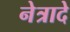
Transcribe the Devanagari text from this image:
नेत्रादे